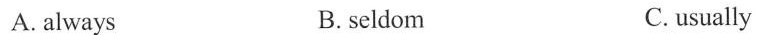
A.always B. seldom C.usually